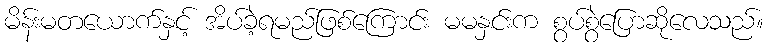
မိန်းမတယောက်နှင့် အိပ်ခဲ့ရမည်ဖြစ်ကြောင်း မမနှင်းက စွပ်စွဲပြောဆိုလေသည်။